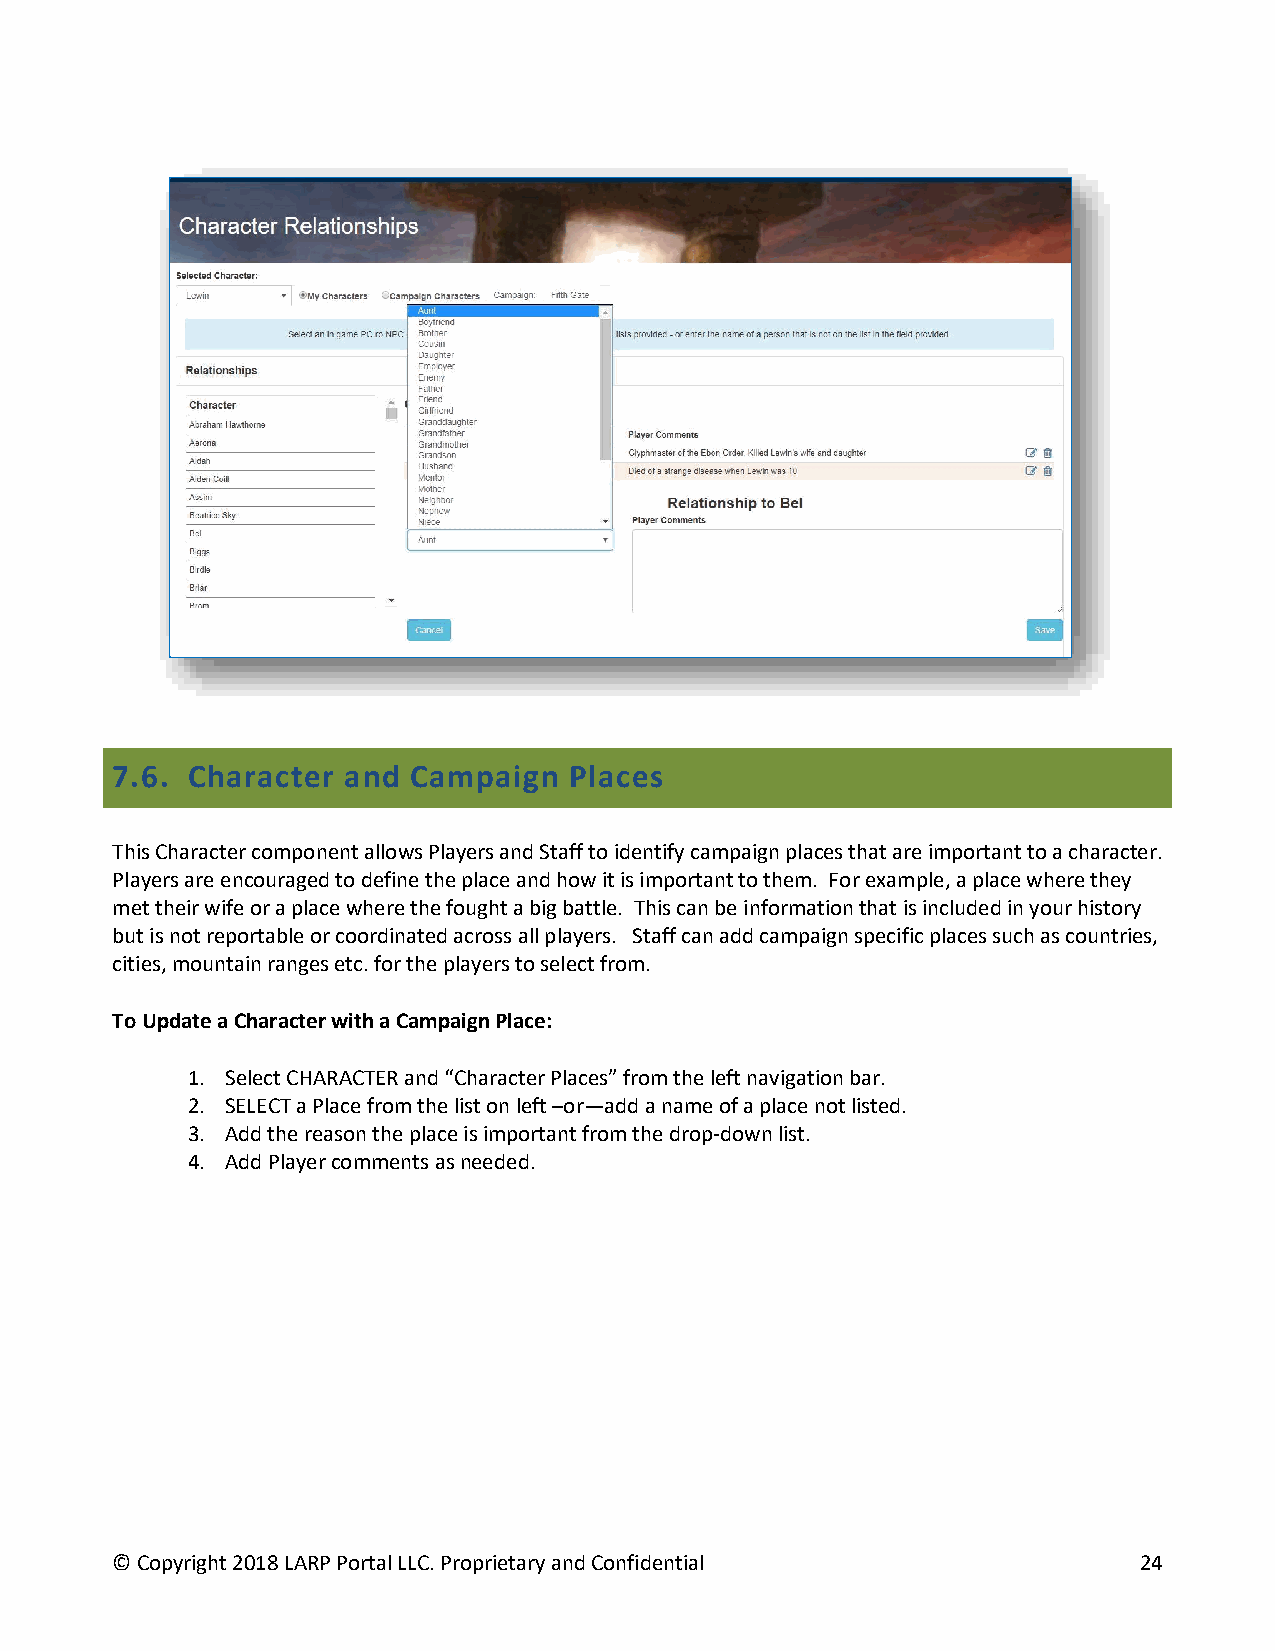
7.6. Character  and Campaign   Places
 This Character component allows Players and Staff to identify campaign places that are important to a character.
 Players are encouraged to define the place and how it is important to them. For example, a place where they
 met their wife or a place where the fought a big battle. This can be information that is included in your history
 but is not reportable or coordinated across all players. Staff can add campaign specific places such as countries,
 cities, mountain ranges etc. for the players to select from.
 To Update a Character with a Campaign Place:
 1. Select CHARACTER and “Character Places” from the left navigation bar.
 2. SELECT a Place from the list on left –or—add a name of a place not listed.
 3. Add the reason the place is important from the drop-down list.
 4. Add Player comments as needed.
 © Copyright 2018 LARP Portal LLC. Proprietary and Confidential      24